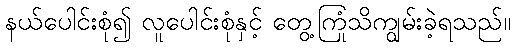
နယ်ပေါင်းစုံ၍ လူပေါင်းစုံနှင့် တွေ့ကြုံသိကျွမ်းခဲ့ရသည်။